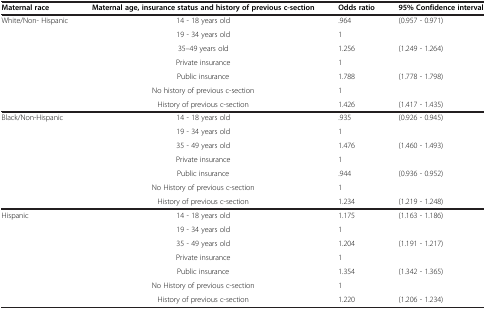
<table><thead><tr><td><b>Maternal race</b></td><td><b>Maternal age, insurance status and history of previous c-section</b></td><td><b>Odds ratio</b></td><td><b>95% Confidence interval</b></td></tr></thead><tbody><tr><td>White/Non- Hispanic</td><td>14 - 18 years old</td><td>.964</td><td>(0.957 - 0.971)</td></tr><tr><td> </td><td>19 - 34 years old</td><td>1</td><td> </td></tr><tr><td> </td><td>35–49 years old</td><td>1.256</td><td>(1.249 - 1.264)</td></tr><tr><td> </td><td>Private insurance</td><td>1</td><td> </td></tr><tr><td> </td><td>Public insurance</td><td>1.788</td><td>(1.778 - 1.798)</td></tr><tr><td> </td><td>No history of previous c-section</td><td>1</td><td> </td></tr><tr><td> </td><td>History of previous c-section</td><td>1.426</td><td>(1.417 - 1.435)</td></tr><tr><td>Black/Non-Hispanic</td><td>14 - 18 years old</td><td>.935</td><td>(0.926 - 0.945)</td></tr><tr><td> </td><td>19 - 34 years old</td><td>1</td><td> </td></tr><tr><td> </td><td>35 - 49 years old</td><td>1.476</td><td>(1.460 - 1.493)</td></tr><tr><td> </td><td>Private insurance</td><td>1</td><td> </td></tr><tr><td> </td><td>Public insurance</td><td>.944</td><td>(0.936 - 0.952)</td></tr><tr><td> </td><td>No History of previous c-section</td><td>1</td><td> </td></tr><tr><td> </td><td>History of previous c-section</td><td>1.234</td><td>(1.219 - 1.248)</td></tr><tr><td>Hispanic</td><td>14 - 18 years old</td><td>1.175</td><td>(1.163 - 1.186)</td></tr><tr><td> </td><td>19 - 34 years old</td><td>1</td><td> </td></tr><tr><td> </td><td>35 - 49 years old</td><td>1.204</td><td>(1.191 - 1.217)</td></tr><tr><td> </td><td>Private insurance</td><td>1</td><td> </td></tr><tr><td> </td><td>Public insurance</td><td>1.354</td><td>(1.342 - 1.365)</td></tr><tr><td> </td><td>No History of previous c-section</td><td>1</td><td> </td></tr><tr><td> </td><td>History of previous c-section</td><td>1.220</td><td>(1.206 - 1.234)</td></tr></tbody></table>